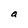
Character: a